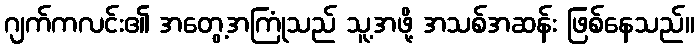
ဂျက်ကလင်း၏ အတွေ့အကြုံသည် သူ့အဖို့ အသစ်အဆန်း ဖြစ်နေသည်။